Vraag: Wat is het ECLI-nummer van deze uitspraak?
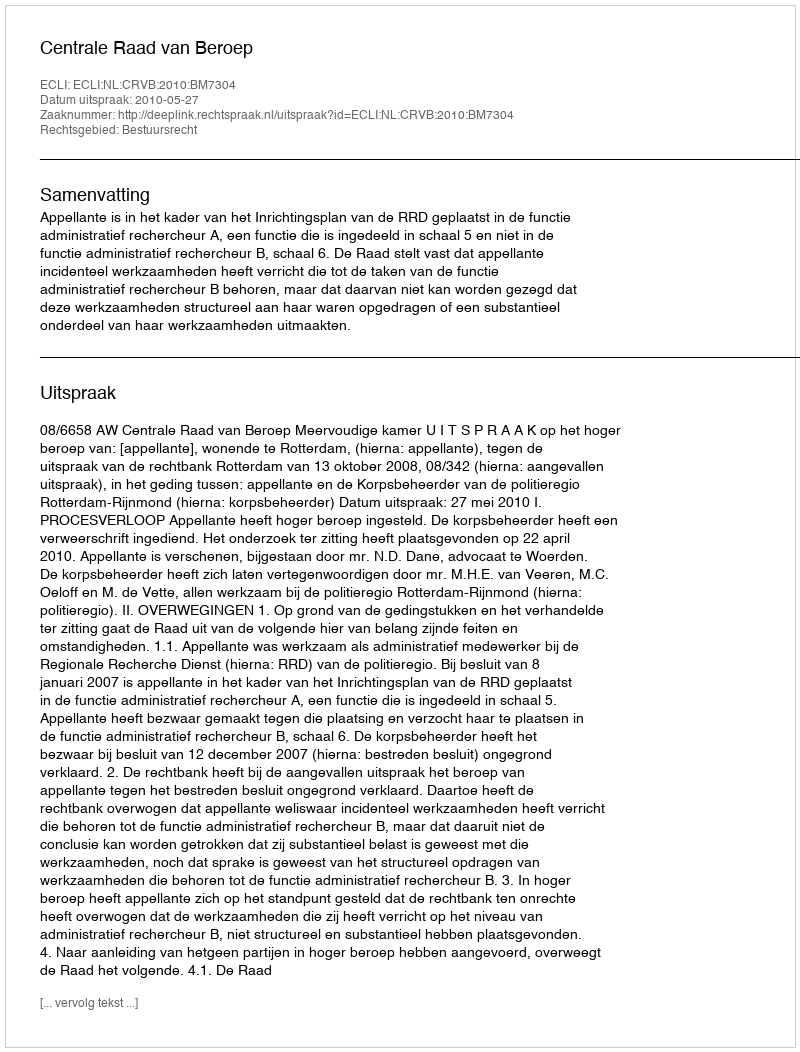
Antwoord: ECLI:NL:CRVB:2010:BM7304